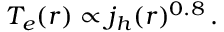
T _ { e } ( r ) \propto j _ { h } ( r ) ^ { 0 . 8 } \, .